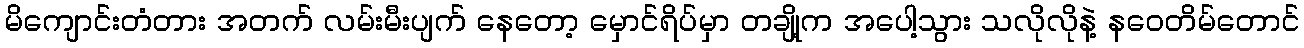
မိကျောင်းတံတား အတက် လမ်းမီးပျက် နေတော့ မှောင်ရိပ်မှာ တချို့က အပေါ့သွား သလိုလိုနဲ့ နဝေတိမ်တောင်